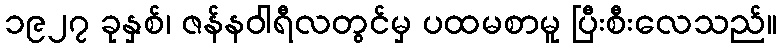
၁၉၂၇ ခုနှစ်၊ ဇန်နဝါရီလတွင်မှ ပထမစာမူ ပြီးစီးလေသည်။